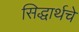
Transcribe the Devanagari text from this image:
सिद्धार्थचे